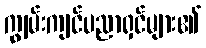
ကျွမ်းကျင်ပညာရှင်များ၏